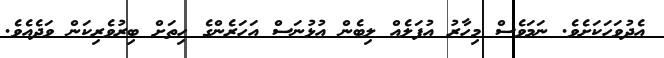
އެދުވަހަކަށެވެ. ނަމަވެސް މިހާރު އުފަލެއް ލިބެން އުޅުނަސް އަހަރެންގެ ހިތަށް ބިރުވެރިކަން ވަދެއެވެ.